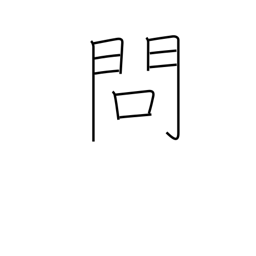
Meaning: problem